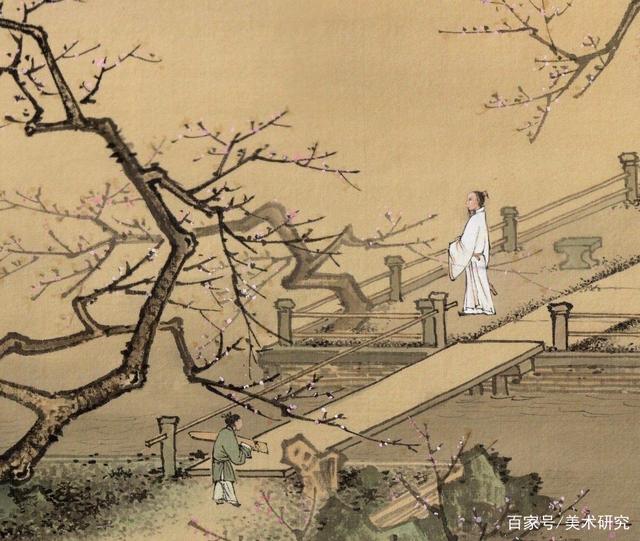
花光浓烂柳轻明，酌酒花前送我行。